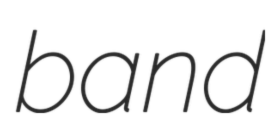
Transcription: band